Annual report on the health of the army in India
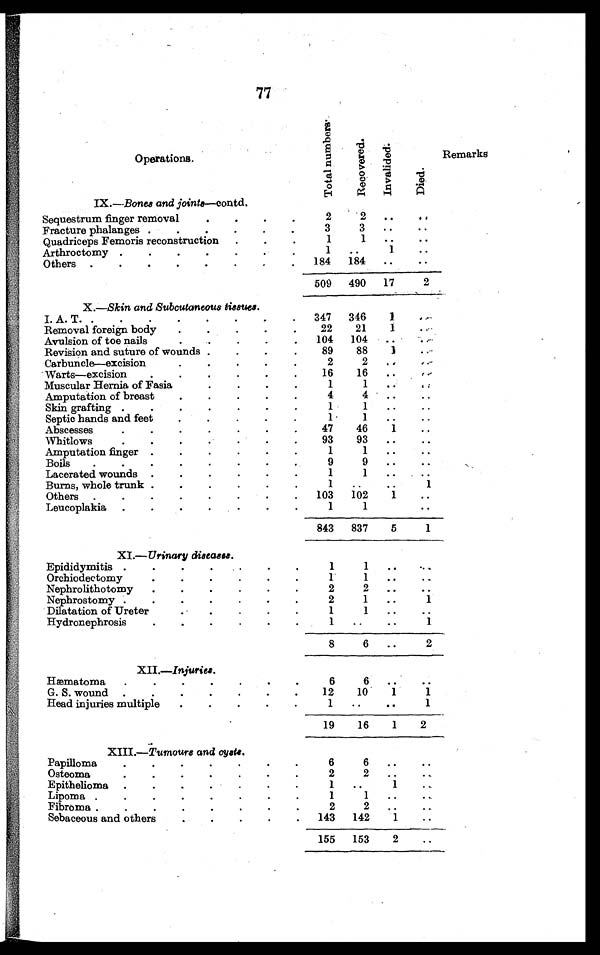
77
Operations.
T o t a l n u m b e r s .
R e c o v e r e d . I n v a l i d e d . D i e d .
Remarks
IX.—Bones and joints—contd.
Sequestrum finger removal . . .
2
2
. . .
. . .
Fracture phalanges . . .
3
3
. . .
. . .
Quadriceps Femoris reconstruction . . .
1
1
. . .
. . .
Arthroctomy . . .
1
. . .
1
. . .
O t h e r s . . .
184
184
. . .
. . .
509
490
17
2
X.—S k i n
a n d S u b c u t a n e o u s t i s s u e s .
I. A. T. . .
347
346
1
. . .
Removal foreign body . . .
22
21
1
. . .
Avulsion of toe nails . . .
104
104
. . .
. . .
Revision and suture of wounds . . .
89
88
1
. . .
Carbuncle—excision . . .
2
2
. . .
. . .
Warts—excision . . .
16
16
. . .
. . .
Muscular Hernia of Fasia . . .
1
1
. . .
. . .
Amputation of breast . . .
4
4
. . .
. . .
Skin grafting . . .
1
1
. . .
. . .
Septic hands and feet . . .
1
1
. . .
. . .
Abscesses . . .
47
46
1
. . .
Whitlows . . .
93
93
. . .
. . .
Amputation finger . . .
1
1
. . .
. . .
Boils . . .
9
9
. . .
. . .
Lacerated wounds . . .
1
1
. . .
. . .
Burns, whole trunk . . .
1
. . .
. . .
1
Others . . .
103
102
1
. . .
Leucoplakia . . .
1
1
. . .
843
837
5
1
XI.— Urinary diseases.
Epididymitis . . .
1
1
. . .
. . .
Orchiodectomy . . .
1
1
. . .
. . .
Nephrolithotomy . . .
2
2
. . .
. . .
Nephrostomy . . .
2
1
. . .
1
Dilatation of Ureter . . .
1
1
. . .
. . .
Hydronephrosis . . .
1
. . .
. . .
1
8
6
. . .
2
XII.—Injuries .
Hæmatoma . . .
6
6
. . .
. . .
G. S. wound . . .
12
10
1
1
Head injuries multiple . . .
1
. . .
. . .
1
19
16
1
2
XIII.—Tumours and cysts.
Papilloma . . .
6
6
. . .
. . .
Osteoma . . .
2
2
. . .
. . .
Epithelioma . . .
1
. . .
1
. . .
Lipoma . . .
1
1
. . .
...
Fibroma . . .
2
2
. . . .
. . .
Sebaceous and others . . .
143
142
1
. . .
155
153
2
. . .